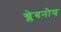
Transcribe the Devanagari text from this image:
ख्लेबनोय